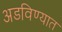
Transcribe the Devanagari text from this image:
अडविण्यात